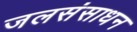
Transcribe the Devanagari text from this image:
जलसंसाधन